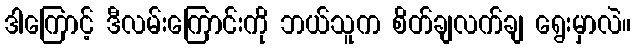
ဒါကြောင့် ဒီလမ်းကြောင်းကို ဘယ်သူက စိတ်ချလက်ချ ရွေးမှာလဲ။